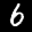
Label: 6